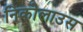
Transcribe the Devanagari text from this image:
निकोलाउस